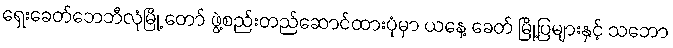
ရှေးခေတ်ဘေဘီလုံမြို့ တော် ဖွဲ့စည်းတည်ဆောင်ထားပုံမှာ ယနေ့ ခေတ် မြို့ပြများနှင့် သဘော